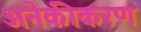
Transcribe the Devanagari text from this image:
अनेकीकरण